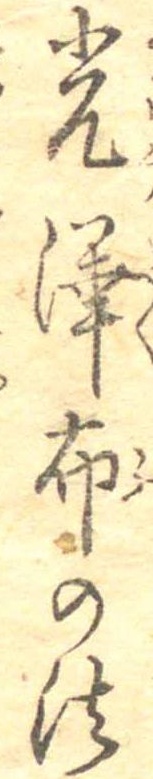
光沢布の法